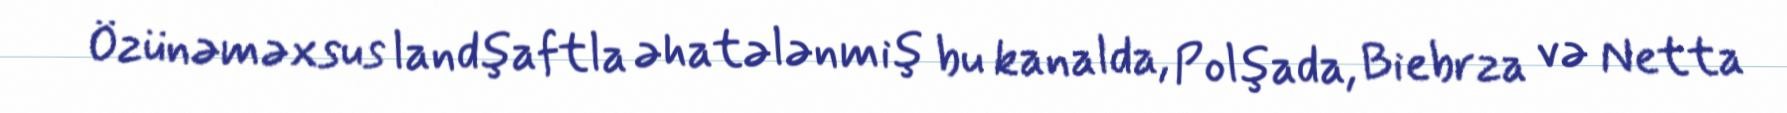
Özünəməxsus landşaftla əhatələnmiş bu kanalda, Polşada, Biebrza və Netta